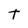
Character: t